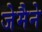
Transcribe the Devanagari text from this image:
जेमैने